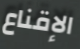
الإقناع